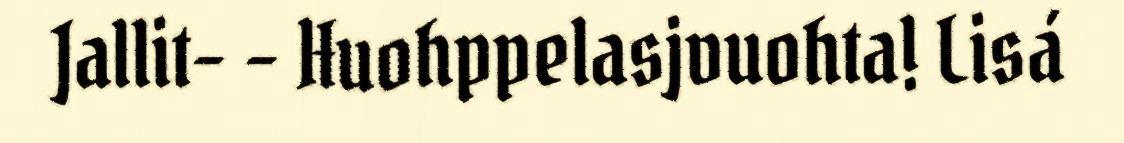
Jallit– – Huohppelasjvuohta! Lisá